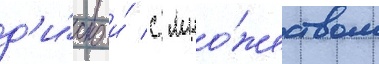
д'и́ско и́ с мно́жеством